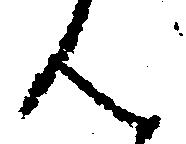
ん